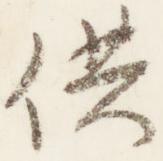
供